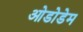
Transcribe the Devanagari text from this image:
ओडोडेम